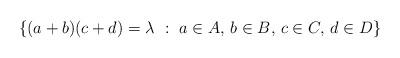
LaTeX: \begin{align*}\{ (a+b) (c+d) = \lambda ~:~ a\in A,\, b\in B,\, c\in C,\, d\in D \} \end{align*}